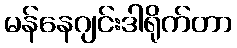
မန်နေဂျင်းဒါရိုက်တာ